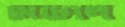
মিটিলে